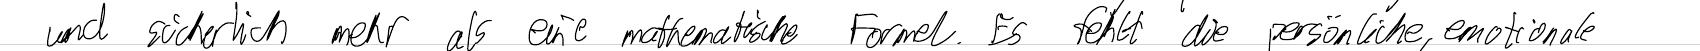
und sicherlich mehr als eine mathematische Formel. Es fehlt die persönliche, emotionale